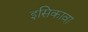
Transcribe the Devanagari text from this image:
इसिकावा